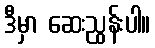
ဒီမှာ ဆေးညွန်းပါ။